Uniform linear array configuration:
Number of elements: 16
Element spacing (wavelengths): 0.5
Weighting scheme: kaiser
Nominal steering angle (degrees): -60
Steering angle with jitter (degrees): -60.867
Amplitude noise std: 0.05
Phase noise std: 0.05

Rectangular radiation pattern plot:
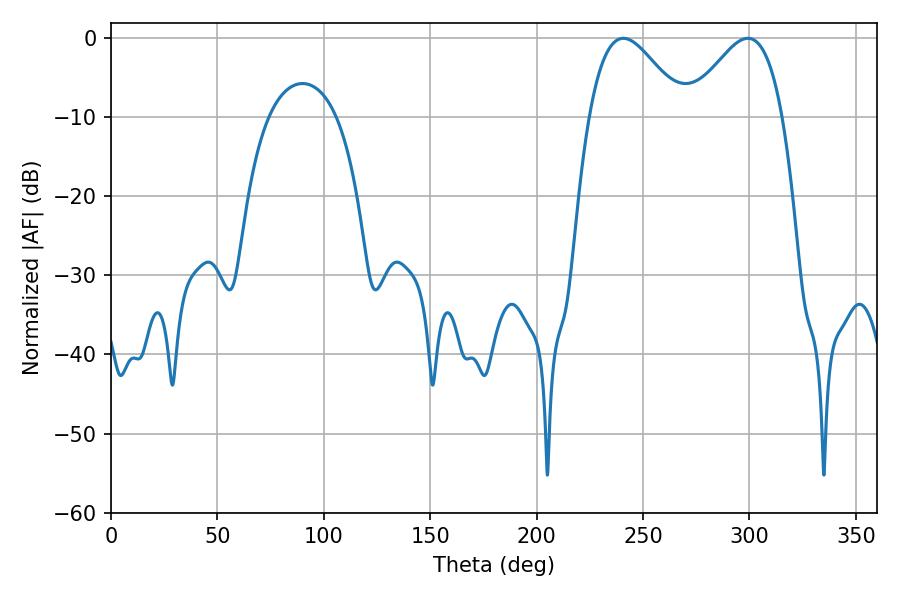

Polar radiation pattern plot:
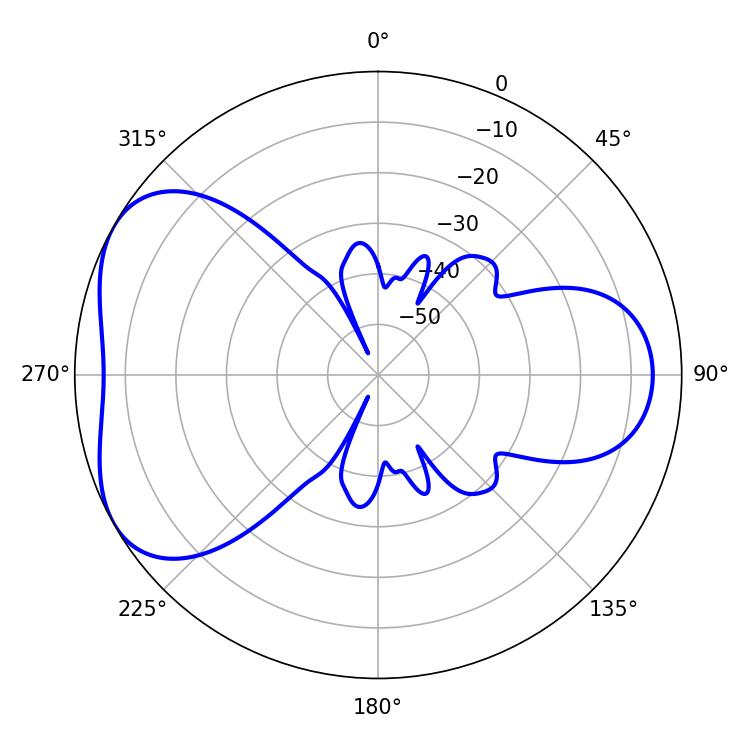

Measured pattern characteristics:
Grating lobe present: FALSE
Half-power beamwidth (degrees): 23.76
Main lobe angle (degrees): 240.66